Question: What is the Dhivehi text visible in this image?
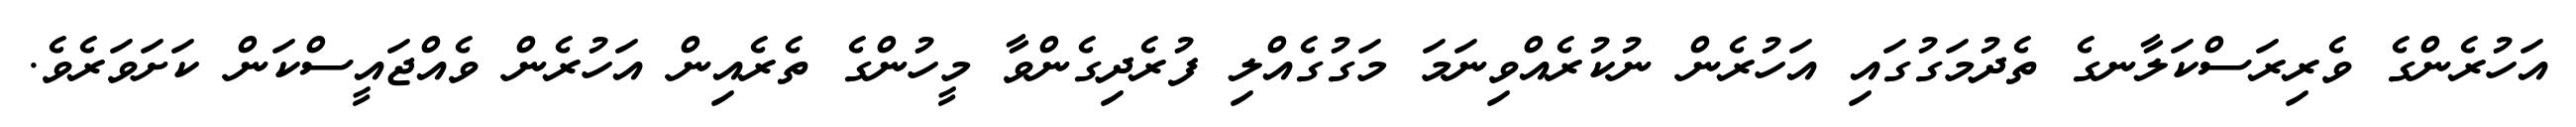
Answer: އަހުރެންގެ ވެރިރަސްކަލާނގެ ތެދުމަގުގައި އަހުރެން ނުކުރެއްވިނަމަ މަގުގެއްލި ފުރެދިގެންވާ މީހުންގެ ތެރެއިން އަހުރެން ވެއްޖައީސްކަން ކަށަވަރެވެ.